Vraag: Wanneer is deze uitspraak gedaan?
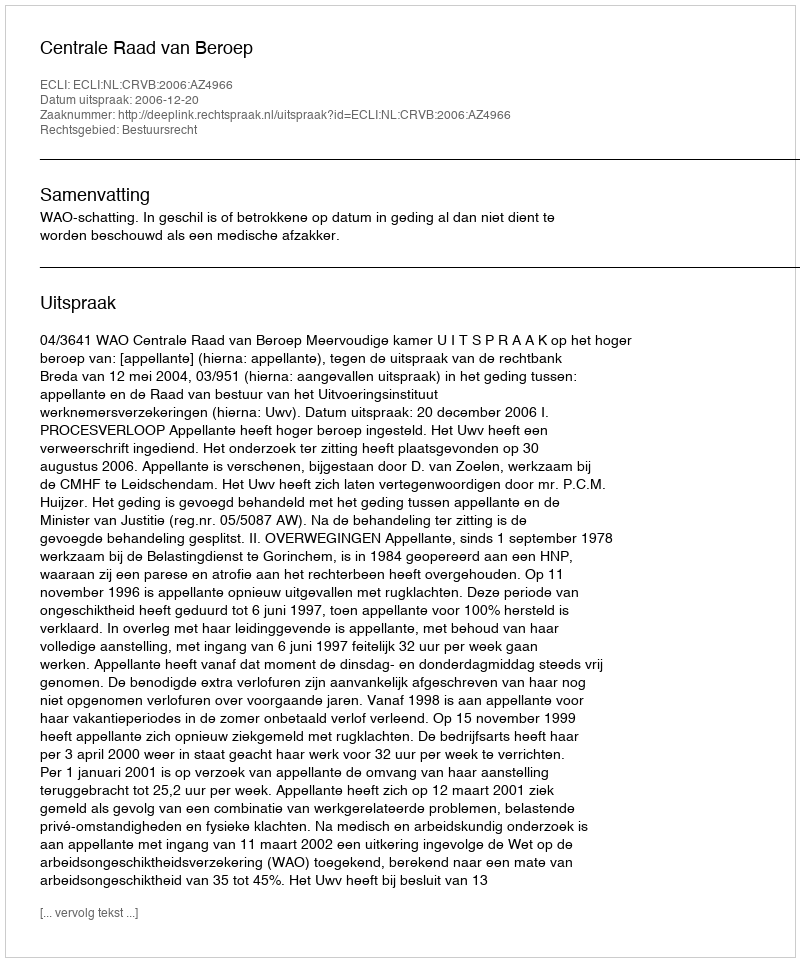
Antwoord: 2006-12-20